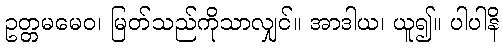
ဥတ္တမမေဝ၊ မြတ်သည်ကိုသာလျှင်။ အာဒါယ၊ ယူ၍။ ပါပါနိ